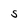
Character: S